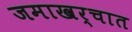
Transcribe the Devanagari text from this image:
जमाखर्चात